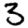
Digit: 3